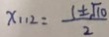
x _ { 1 1 2 } = \frac { 1 \pm \sqrt { 1 0 } } { 2 }